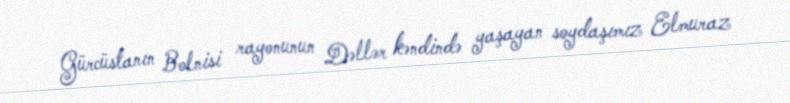
Gürcüstanın Bolnisi rayonunun Dəllər kəndində yaşayan soydaşımız Elmuraz